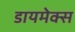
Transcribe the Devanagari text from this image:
डायमेक्स